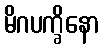
မိဂပက္ခိနော